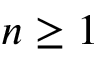
n \geq 1